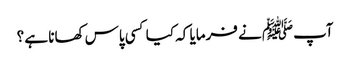
آپﷺ نے فرمایا کہ کیا کسی پاس کھانا ہے ؟